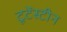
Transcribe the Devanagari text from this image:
टूटेंस्टीन